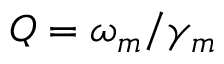
Q = \omega _ { m } / \gamma _ { m }